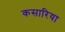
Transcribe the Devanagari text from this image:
कसारिया